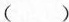
( )